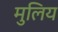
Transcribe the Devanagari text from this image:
मुलिय